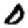
Digit: 0